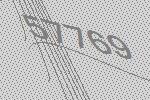
57769